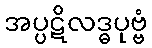
အပ္ပဋိလဒ္ဓပုဗ္ဗံ